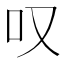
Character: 叹